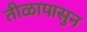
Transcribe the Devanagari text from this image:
तीळापासुन